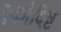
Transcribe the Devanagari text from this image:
एकोदिष्ट